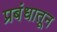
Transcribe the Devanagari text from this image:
प्रबंधातून